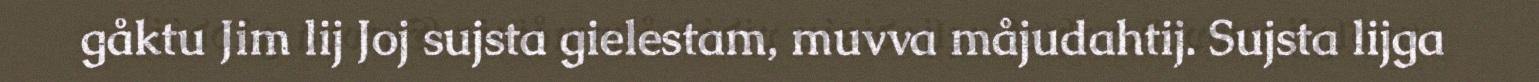
gåktu Jim lij Joj sujsta gielestam, muvva måjudahtij. Sujsta lijga